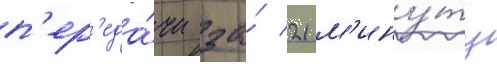
п'ер'еда́чи за́ 21 м'ину́ту